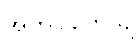
အတိပါတေယျ